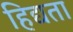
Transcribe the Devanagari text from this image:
हिद्यता